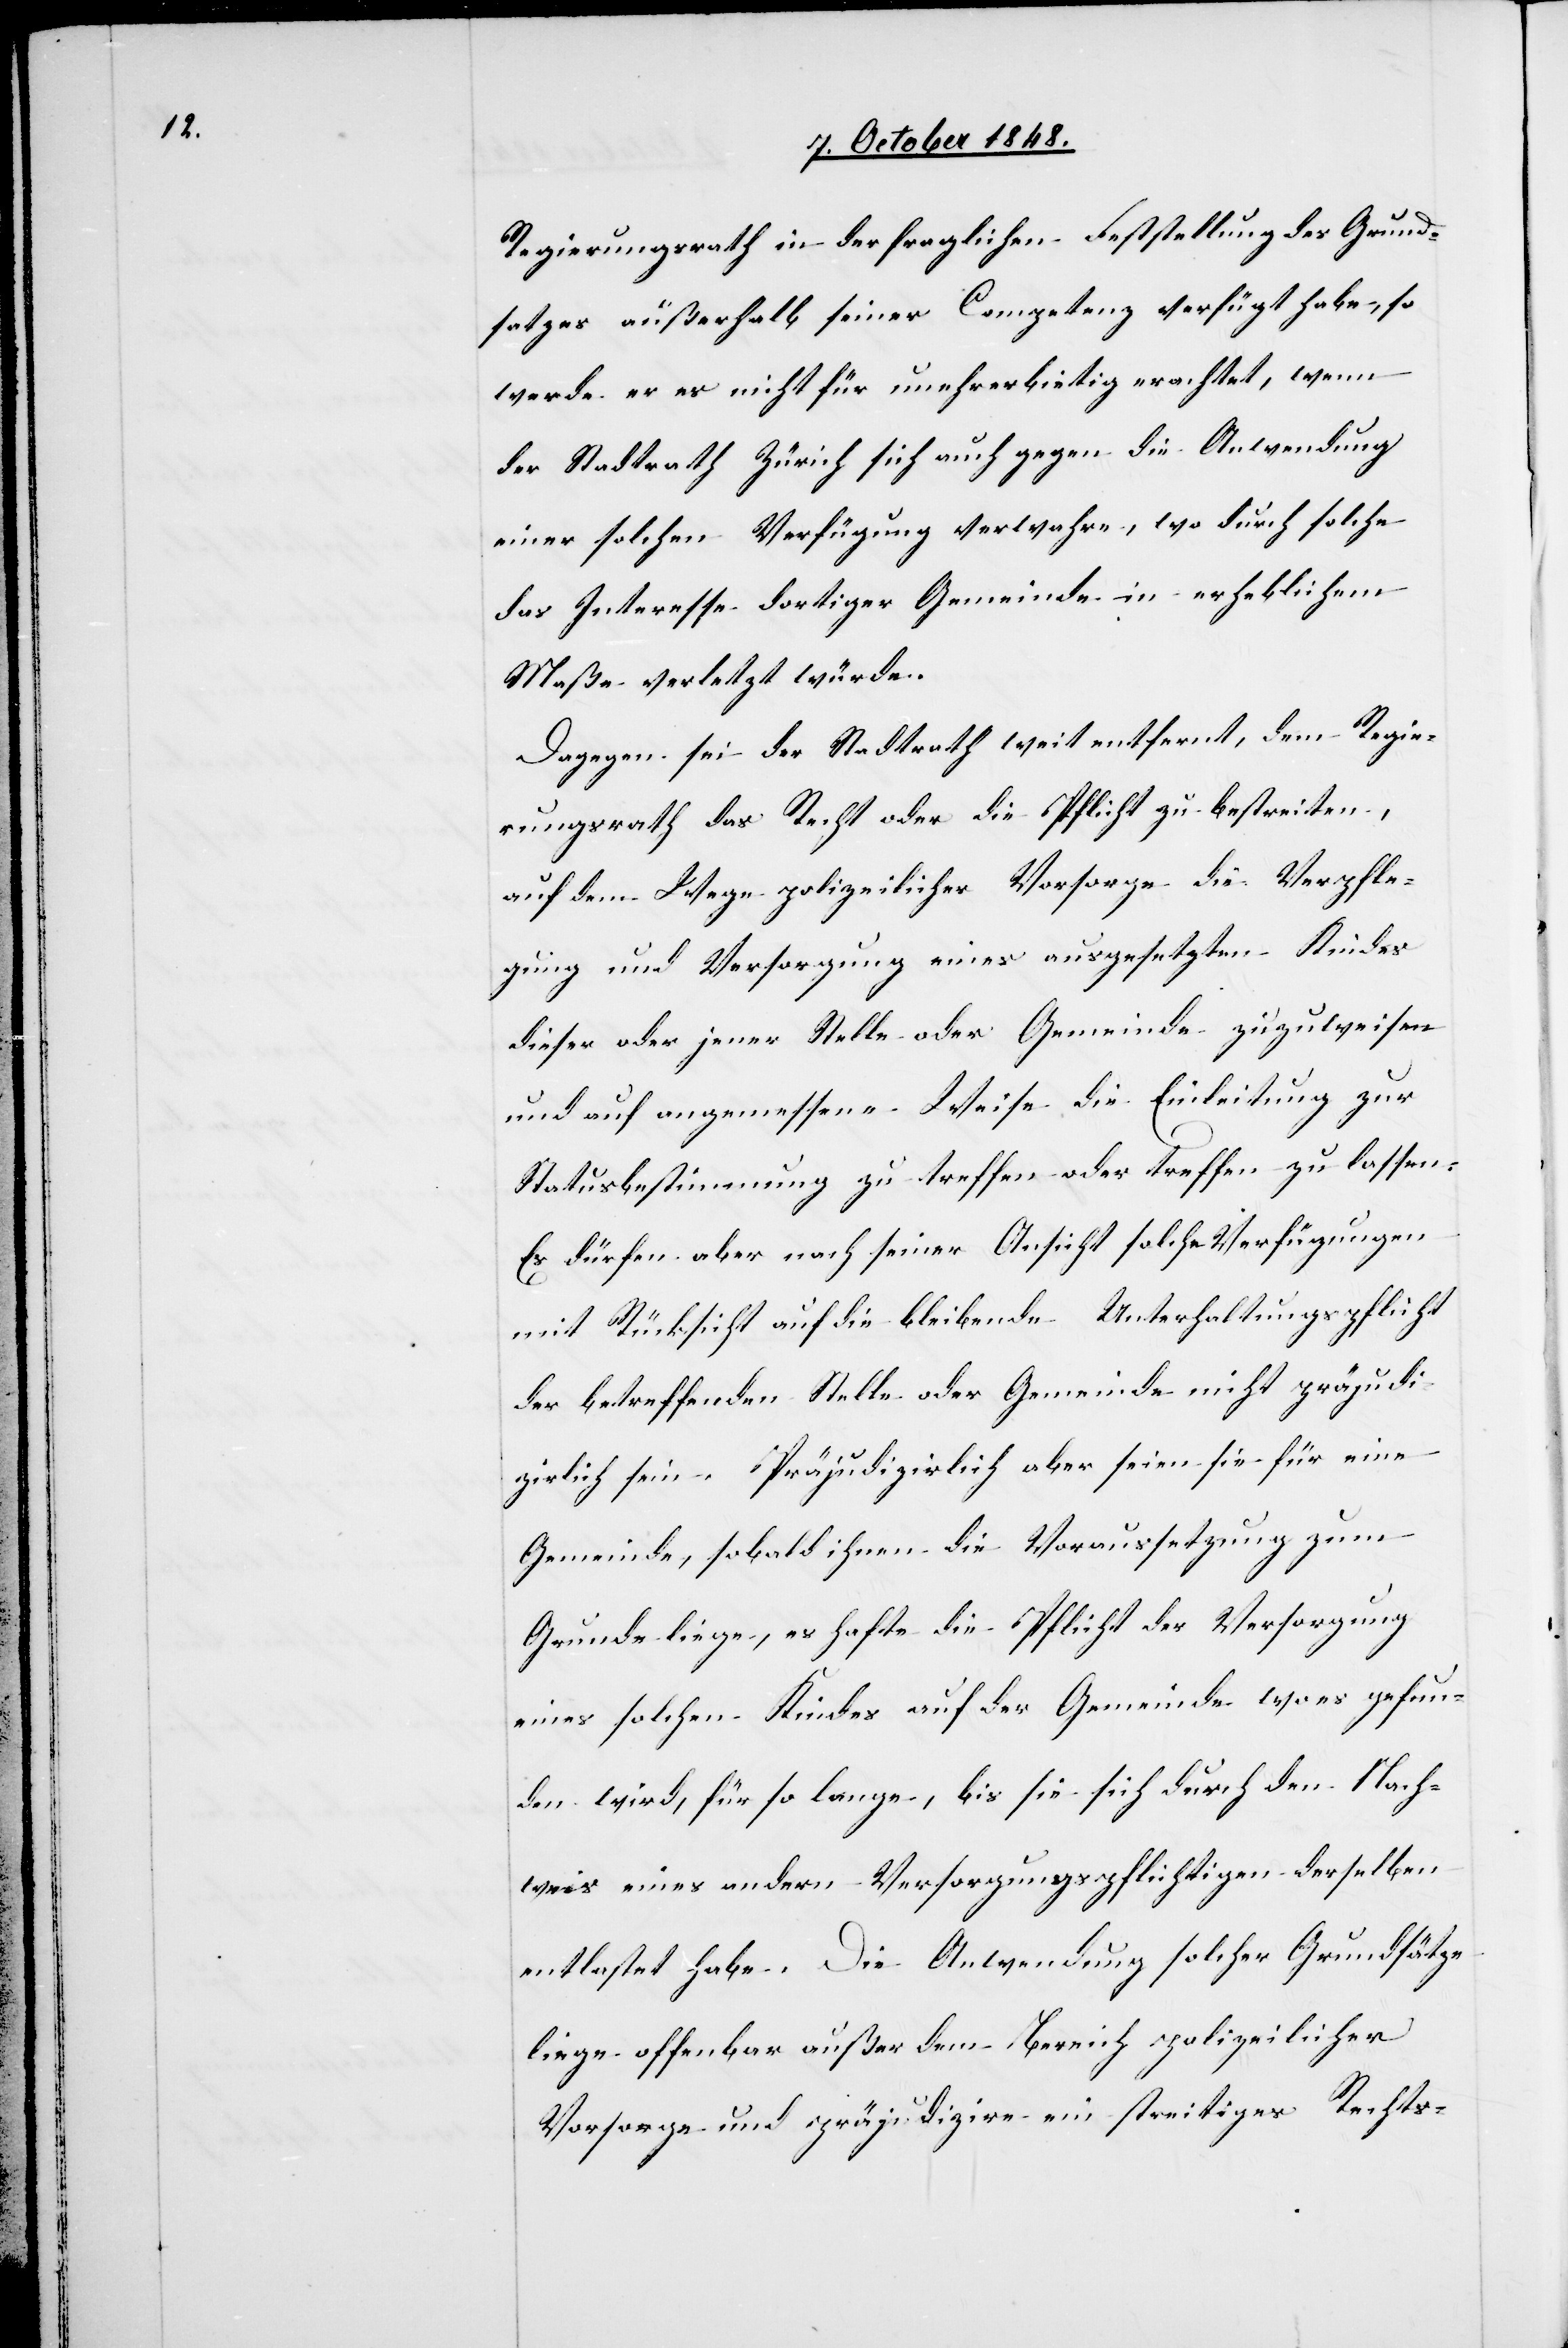
Regierungsrath in der fraglichen Feststellung des Grund¬
satzes außerhalb seiner Competenz verfügt habe, so
werde er es nicht für unerherbietig [sic!] erachten, wenn
der Stadtrath Zürich sich auch gegen die Anwendung
einer solchen Verfügung verwahre, wo durch solche
das Interesse dortiger Gemeinde in erheblichem
Maße verletzt würde.
Dagegen sei der Stadtrath weit entfernt, dem Regie¬
rungsrath das Recht oder die Pflicht zu bestreiten,
auf dem Wege polizeilicher Vorsorge die Verpfle¬
gung und Versorgung eines ausgesetzten Kindes
dieser oder jener Stelle oder Gemeinde zuzuweisen
und auf angemessene Weise die Einleitung zur
Statusbestimmung zu treffen oder treffen zu lassen.
Es dürfen aber nach seiner Ansicht solche Verfügungen
mit Rücksicht auf die bleibende Unterthaltungspflicht
der betreffenden Stelle oder Gemeinde nicht präjudi¬
zirlich sein. Präjudizirlich aber seien sie für eine
Gemeinde, sobald ihnen die Voraussetzung zum
Grunde liege, es hafte die Pflicht der Versorgung
eines solchen Kindes auf der Gemeinde wo es gefun¬
den wird, für so lange, bis sie sich durch den Nach¬
weis eines andern Versorgungspflichtigen derselben
entlastet habe. Die Anwendung solcher Grundsätze
liege offenbar außer dem Bereich polizeilicher
Vorsorge und präjudizire ein streitiges Rechts-